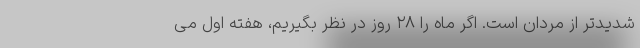
شدیدتر از مردان است. اگر ماه را ۲۸ روز در نظر بگیریم، هفته اول می